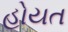
હોયત